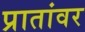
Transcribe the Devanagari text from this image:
प्रातांवर